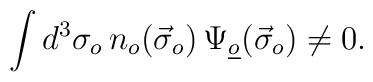
\int d^3\sigma_o\,n_o(\vec{\sigma}_o)\,\Psi_{\underline{o}}(\vec{\sigma}_o)\neq 0.